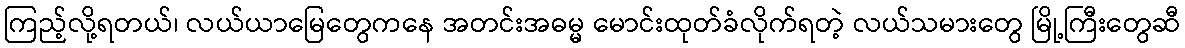
ကြည့်လို့ရတယ်၊ လယ်ယာမြေတွေကနေ အတင်းအဓမ္မ မောင်းထုတ်ခံလိုက်ရတဲ့ လယ်သမားတွေ မြို့ကြီးတွေဆီ